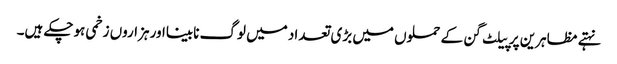
نہتے مظاہرین پر پیلٹ گن کے حملوں میں بڑی تعداد میں لوگ نابینااور ہزاروں زخمی ہوچکے ہیں۔